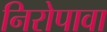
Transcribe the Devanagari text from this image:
निरोपावा